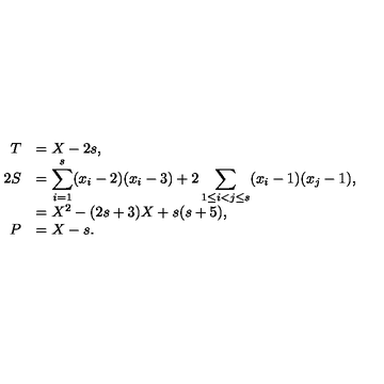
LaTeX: \begin{array} { r l } { T } & { = X - 2 s , } \\ { 2 S } & { = \displaystyle \sum _ { i = 1 } ^ { s } ( x _ { i } - 2 ) ( x _ { i } - 3 ) + 2 \sum _ { 1 \le i < j \le s } ( x _ { i } - 1 ) ( x _ { j } - 1 ) , } \\ { } & { = X ^ { 2 } - ( 2 s + 3 ) X + s ( s + 5 ) , } \\ { P } & { = X - s . } \\ \end{array}